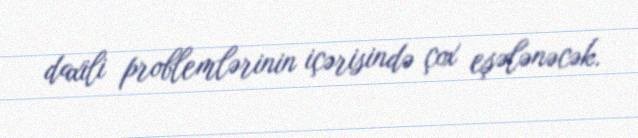
daxili problemlərinin içərisində çox eşələnəcək.